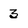
Character: 3